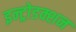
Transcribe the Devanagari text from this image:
इन्ट्रोडक्शन